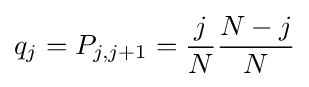
q_{j}=P_{j,j+1}={\frac {j}{N}}{\frac {N-j}{N}}